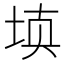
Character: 𰉰